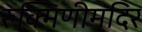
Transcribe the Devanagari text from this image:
रुक्मिणीमंदिर